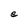
Character: e